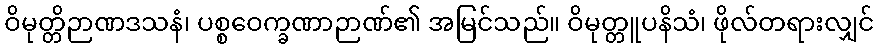
ဝိမုတ္တိဉာဏဒသနံ၊ ပစ္စဝေက္ခဏာဉာဏ်၏ အမြင်သည်။ ဝိမုတ္တူပနိသံ၊ ဖိုလ်တရားလျှင်